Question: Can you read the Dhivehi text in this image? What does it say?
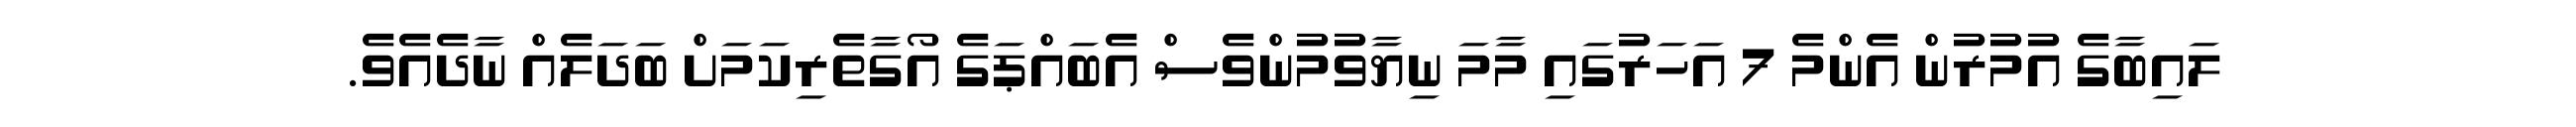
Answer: ލައިބާގެ އުމުރުން އެންމެ 7 އަހަރުގައި މާމަ ނިޔާވުމުންވެސް އެބައްޕަގެ އޯގާތެރިކަމަށް ބަދަލެއް ނާދެއެވެ.